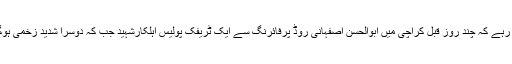
واضح رہے کہ چند روز قبل کراچی میں ابوالحسن اصفہانی روڈ پرفائرنگ سے ایک ٹریفک پولیس اہلکارشہید جب کہ دوسرا شدید زخمی ہوگیا تھا۔